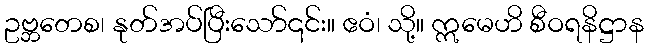
ဥဗ္ဘတေစ၊ နုတ်အပ်ပြီးသော်၎င်း။ ဧဝံ၊ သို့။ ဣမေဟိ စီဝရနိဋ္ဌာန